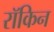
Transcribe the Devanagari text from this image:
रॉकिन